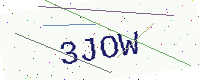
Text: 3JOW